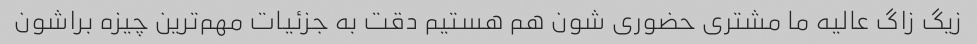
زیگ زاگ عالیه ما مشتری حضوری شون هم هستیم دقت به جزئیات مهم‌ترین چیزه براشون